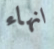
انهاء